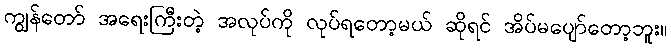
ကျွန်တော် အရေးကြီးတဲ့ အလုပ်ကို လုပ်ရတော့မယ် ဆိုရင် အိပ်မပျော်တော့ဘူး။